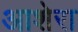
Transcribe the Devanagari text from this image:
आशेरा